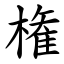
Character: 権